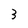
Character: 3